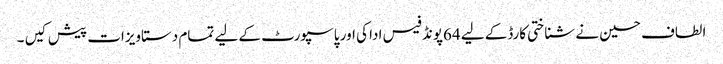
الطاف حسین نے شناختی کارڈکے لیے 64پونڈ فیس ادا کی اور پاسپورٹ کے لیے تمام دستاویزات پیش کیں ۔